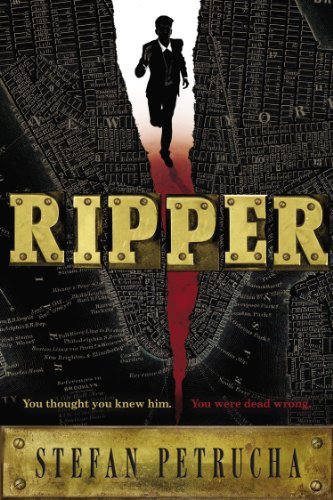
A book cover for Ripper; Stefan Petrucha; Teen & Young Adult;